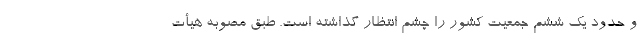
و حدود یک ششم جمعیت کشور را چشم انتظار گذاشته است. طبق مصوبه هیأت